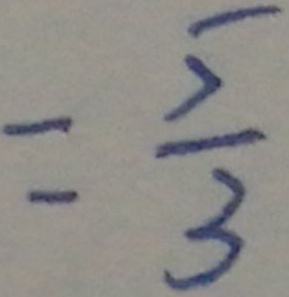
= \frac { 5 } { 3 }